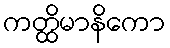
ကတ္ထိမာနိကော